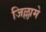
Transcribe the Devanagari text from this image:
जिल्लामे